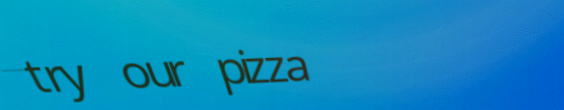
try our pizza